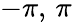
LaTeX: -\pi,\, \pi